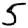
Digit: 5